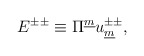
\begin{align*}E^{\pm\pm} \equiv\Pi^{\underline{m}}u_{\underline{m}}^{\pm\pm} , \qquad\end{align*}